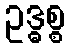
ဥဒ္ဓစ္စ